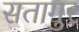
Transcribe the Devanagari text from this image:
सतागुर